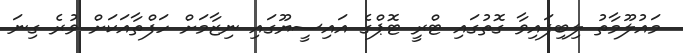
މައުލޫމާތު ލިބިފައިވާ ގޮތުގައި ޓްރީ ޓޮޕްގެ އައިސީޔޫގައި ނިޒާމަށް ހަފްތާއަކަށް ވުރެ ގިނަ